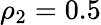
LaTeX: \rho_{2}=0.5